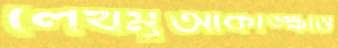
লেখমুআকাঙ্ক্ষাও